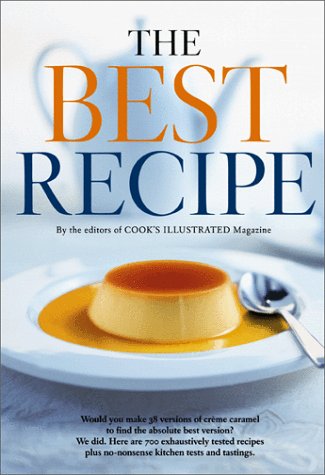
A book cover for The Best Recipe; Editors of Cook's Illustrated Magazine; Cookbooks, Food & Wine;